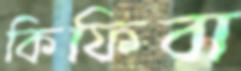
কিফিবা